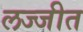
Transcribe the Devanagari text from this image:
लज्जीत